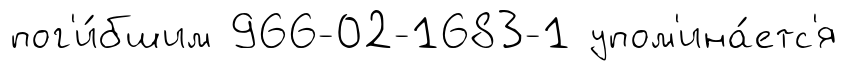
пог'и́бшим 966-02-1683-1 упом'ина́етс'я